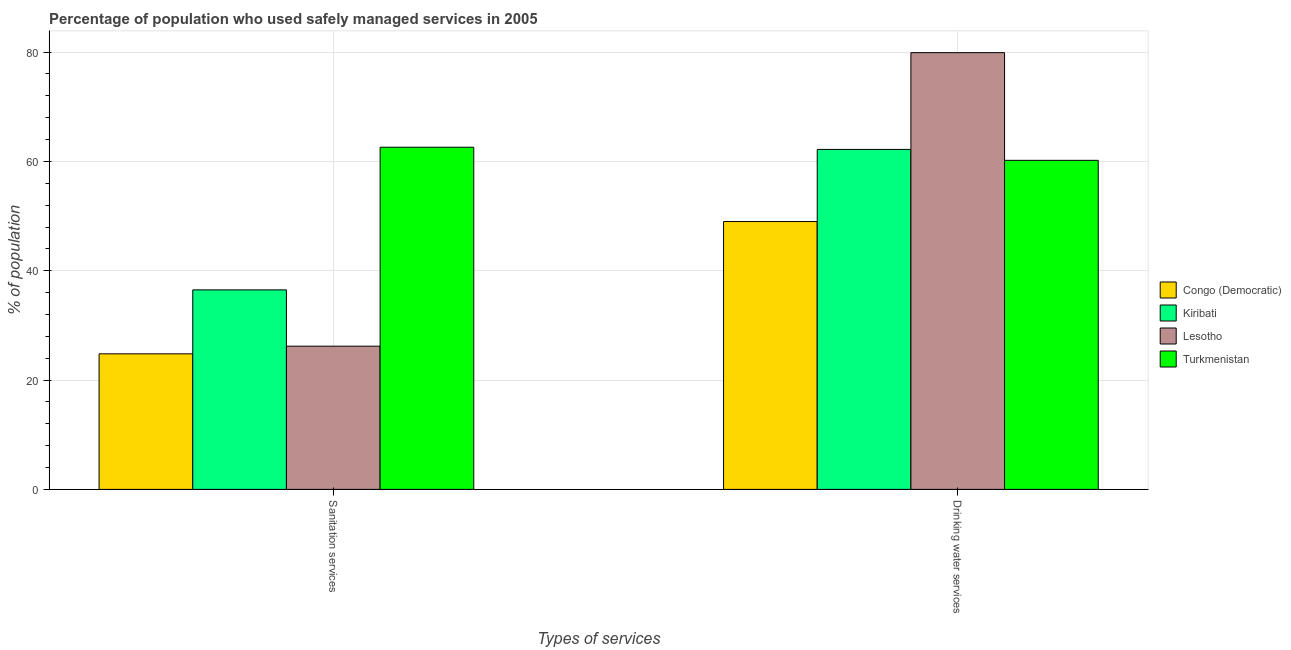
| Types of services | Congo (Democratic) | Kiribati | Lesotho | Turkmenistan |
 | --- | --- | --- | --- | --- |
 | Sanitation services | 24.8 | 36.5 | 26.2 | 62.6 |
 | Drinking water services | 49 | 62.2 | 79.9 | 60.2 |